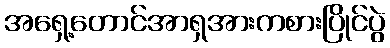
အရှေ့တောင်အာရှအားကစားပြိုင်ပွဲ